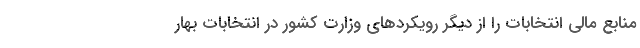
منابع مالی انتخابات را از دیگر رویکردهای وزارت کشور در انتخابات بهار